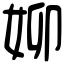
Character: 㚹